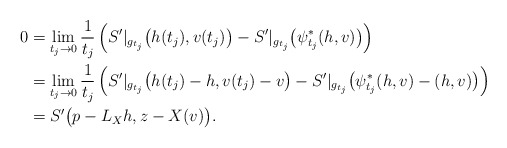
\begin{align*}0&=\lim_{t_j\to 0}\frac{1}{t_j} \left( S'|_{g_{t_j}}\big(h(t_j), v(t_j) \big)-S'|_{g_{t_j}}\big(\psi_{t_j}^* (h, v)\big) \right)\\ &=\lim_{t_j\to 0}\frac{1}{t_j} \left( S'|_{g_{t_j}}\big(h(t_j)-h, v(t_j)-v \big)-S'|_{g_{t_j}}\big( \psi_{t_j}^* (h, v) -(h,v)\big)\right)\\ &= S' \big(p-L_X h, z- X(v) \big).\end{align*}